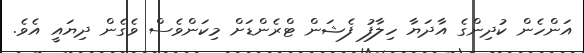
އަންހެން ކުދިންގެ އާދަޔާ ހިލާފު ފެޝަން ޓްރެންޑަށް މިކަންވެސް ވެގެން ދިޔައީ އެވެ.